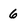
Character: 6